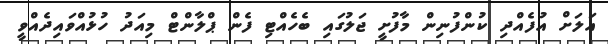
އަލަށް އުފެއްދި ކުންފުނިން މާފުށީ ޖަލުގައި ބެހެއްޓި ފެން ޕްލާންޓް މިއަދު ހުޅުއްވައިދެއްވީ